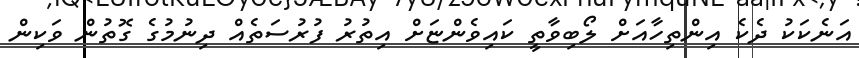
އަނެކަކު ދެކެ އިންތިހާއަށް ލޯބިވާތީ ކައިވެންޏަށް އިތުރު ފުރުސަތެއް ދިނުމުގެ ގޮތުން ވަކިން